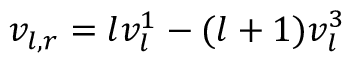
v _ { l , r } = l v _ { l } ^ { 1 } - ( l + 1 ) v _ { l } ^ { 3 }